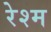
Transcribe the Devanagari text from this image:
रेश्म